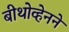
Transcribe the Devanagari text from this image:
बीथोव्हेनने